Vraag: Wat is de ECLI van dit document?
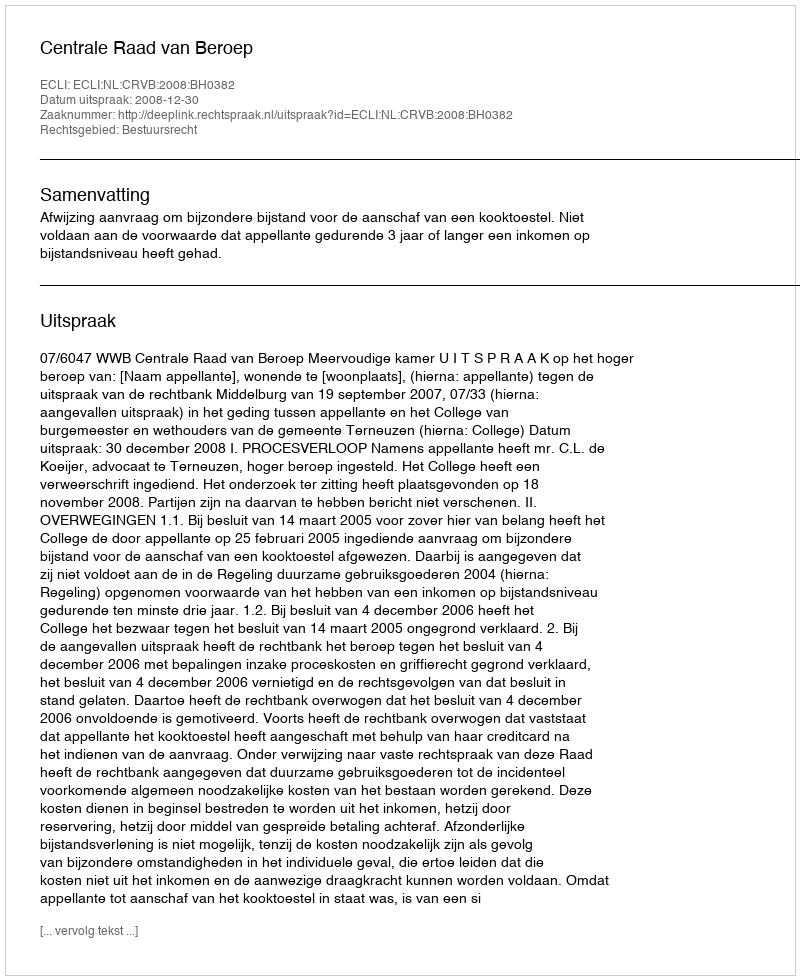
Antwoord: ECLI:NL:CRVB:2008:BH0382